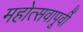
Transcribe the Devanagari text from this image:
महोत्सवापूर्वी